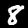
Label: 8